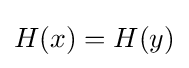
H(x)=H(y)